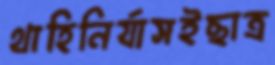
থাহিনির্যাসইছাত্র